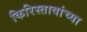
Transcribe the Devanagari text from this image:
किरिस्तावांच्या